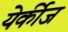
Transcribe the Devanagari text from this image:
येर्कीज